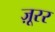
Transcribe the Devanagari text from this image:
ज़ूरर